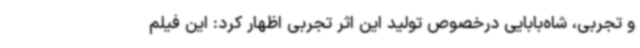
و تجربی، شاه‌بابایی درخصوص تولید این اثر تجربی اظهار کرد: این فیلم